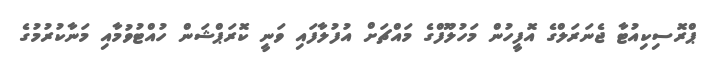
ޕްރޮސިކިއުޓާ ޖެނަރަލްގެ އޮފީހުން މަހުލޫފްގެ މައްޗަށް އުފުލާފައި ވަނީ ކޮރަޕްޝަން ހުއްޓުވުމާއި މަނާކުރުމުގެ